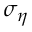
\sigma _ { \eta }